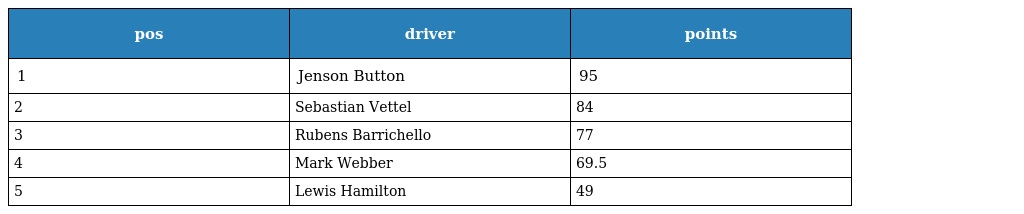
| pos | driver | points |
 | --- | --- | --- |
 | 1 | Jenson Button | 95 |
 | 2 | Sebastian Vettel | 84 |
 | 3 | Rubens Barrichello | 77 |
 | 4 | Mark Webber | 69.5 |
 | 5 | Lewis Hamilton | 49 |